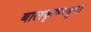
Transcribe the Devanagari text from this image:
बालकृष्णबुवा